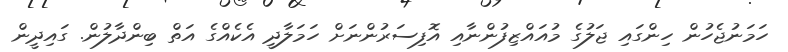
ހަމަނުޖެހުން ހިންގައި ޖަލުގެ މުއައްޒިފުންނާއި އޮފިސަރުންނަށް ހަމަލާދީ އެކެއްގެ އަތް ބިންދާލުން. ގައިދީން